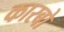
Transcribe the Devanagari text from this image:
कारबो